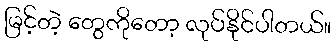
မြင့်တဲ့ တွေကိုတော့ လုပ်နိုင်ပါတယ်။